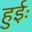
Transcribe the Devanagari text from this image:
हुईः